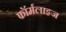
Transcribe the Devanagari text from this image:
फॉर्मलाइज